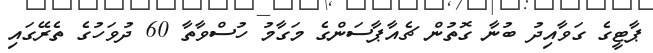
ޕާޓީގެ ގަވާއިދު ބުނާ ގޮތުން ޗެއާޕާސަންގެ މަގާމު ހުސްވާތާ 60 ދުވަހުގެ ތެރޭގައި